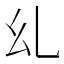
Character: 乣